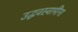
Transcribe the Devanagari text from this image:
उद्धवस्वामींना